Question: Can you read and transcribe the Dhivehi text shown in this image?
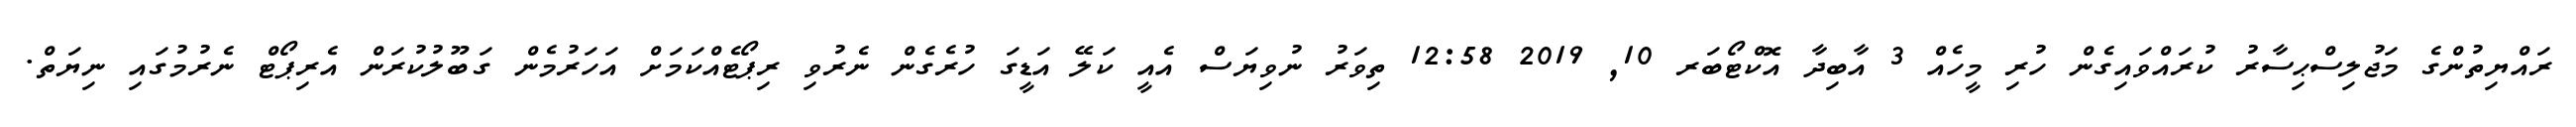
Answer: ރައްޔިތުންގެ މަޖުލިސްޙިސާރު ކުރައްވައިގެން ހުރި މީހެއް 3 އާބިދާ އޮކްޓޯބަރ 10, 2019 12:58 ތިވަރު ނުވިޔަސް އެއީ ކަލޭ އަޑީގަ ހުރެގެން ނެރުވި ރިޕޯޓެއްކަމަށް އަހަރުމެން ގަބޫލުކުރަން އެރިޕޯޓް ނެރުމުގައި ނިޔަތް.